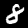
Digit: 8